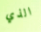
الذي